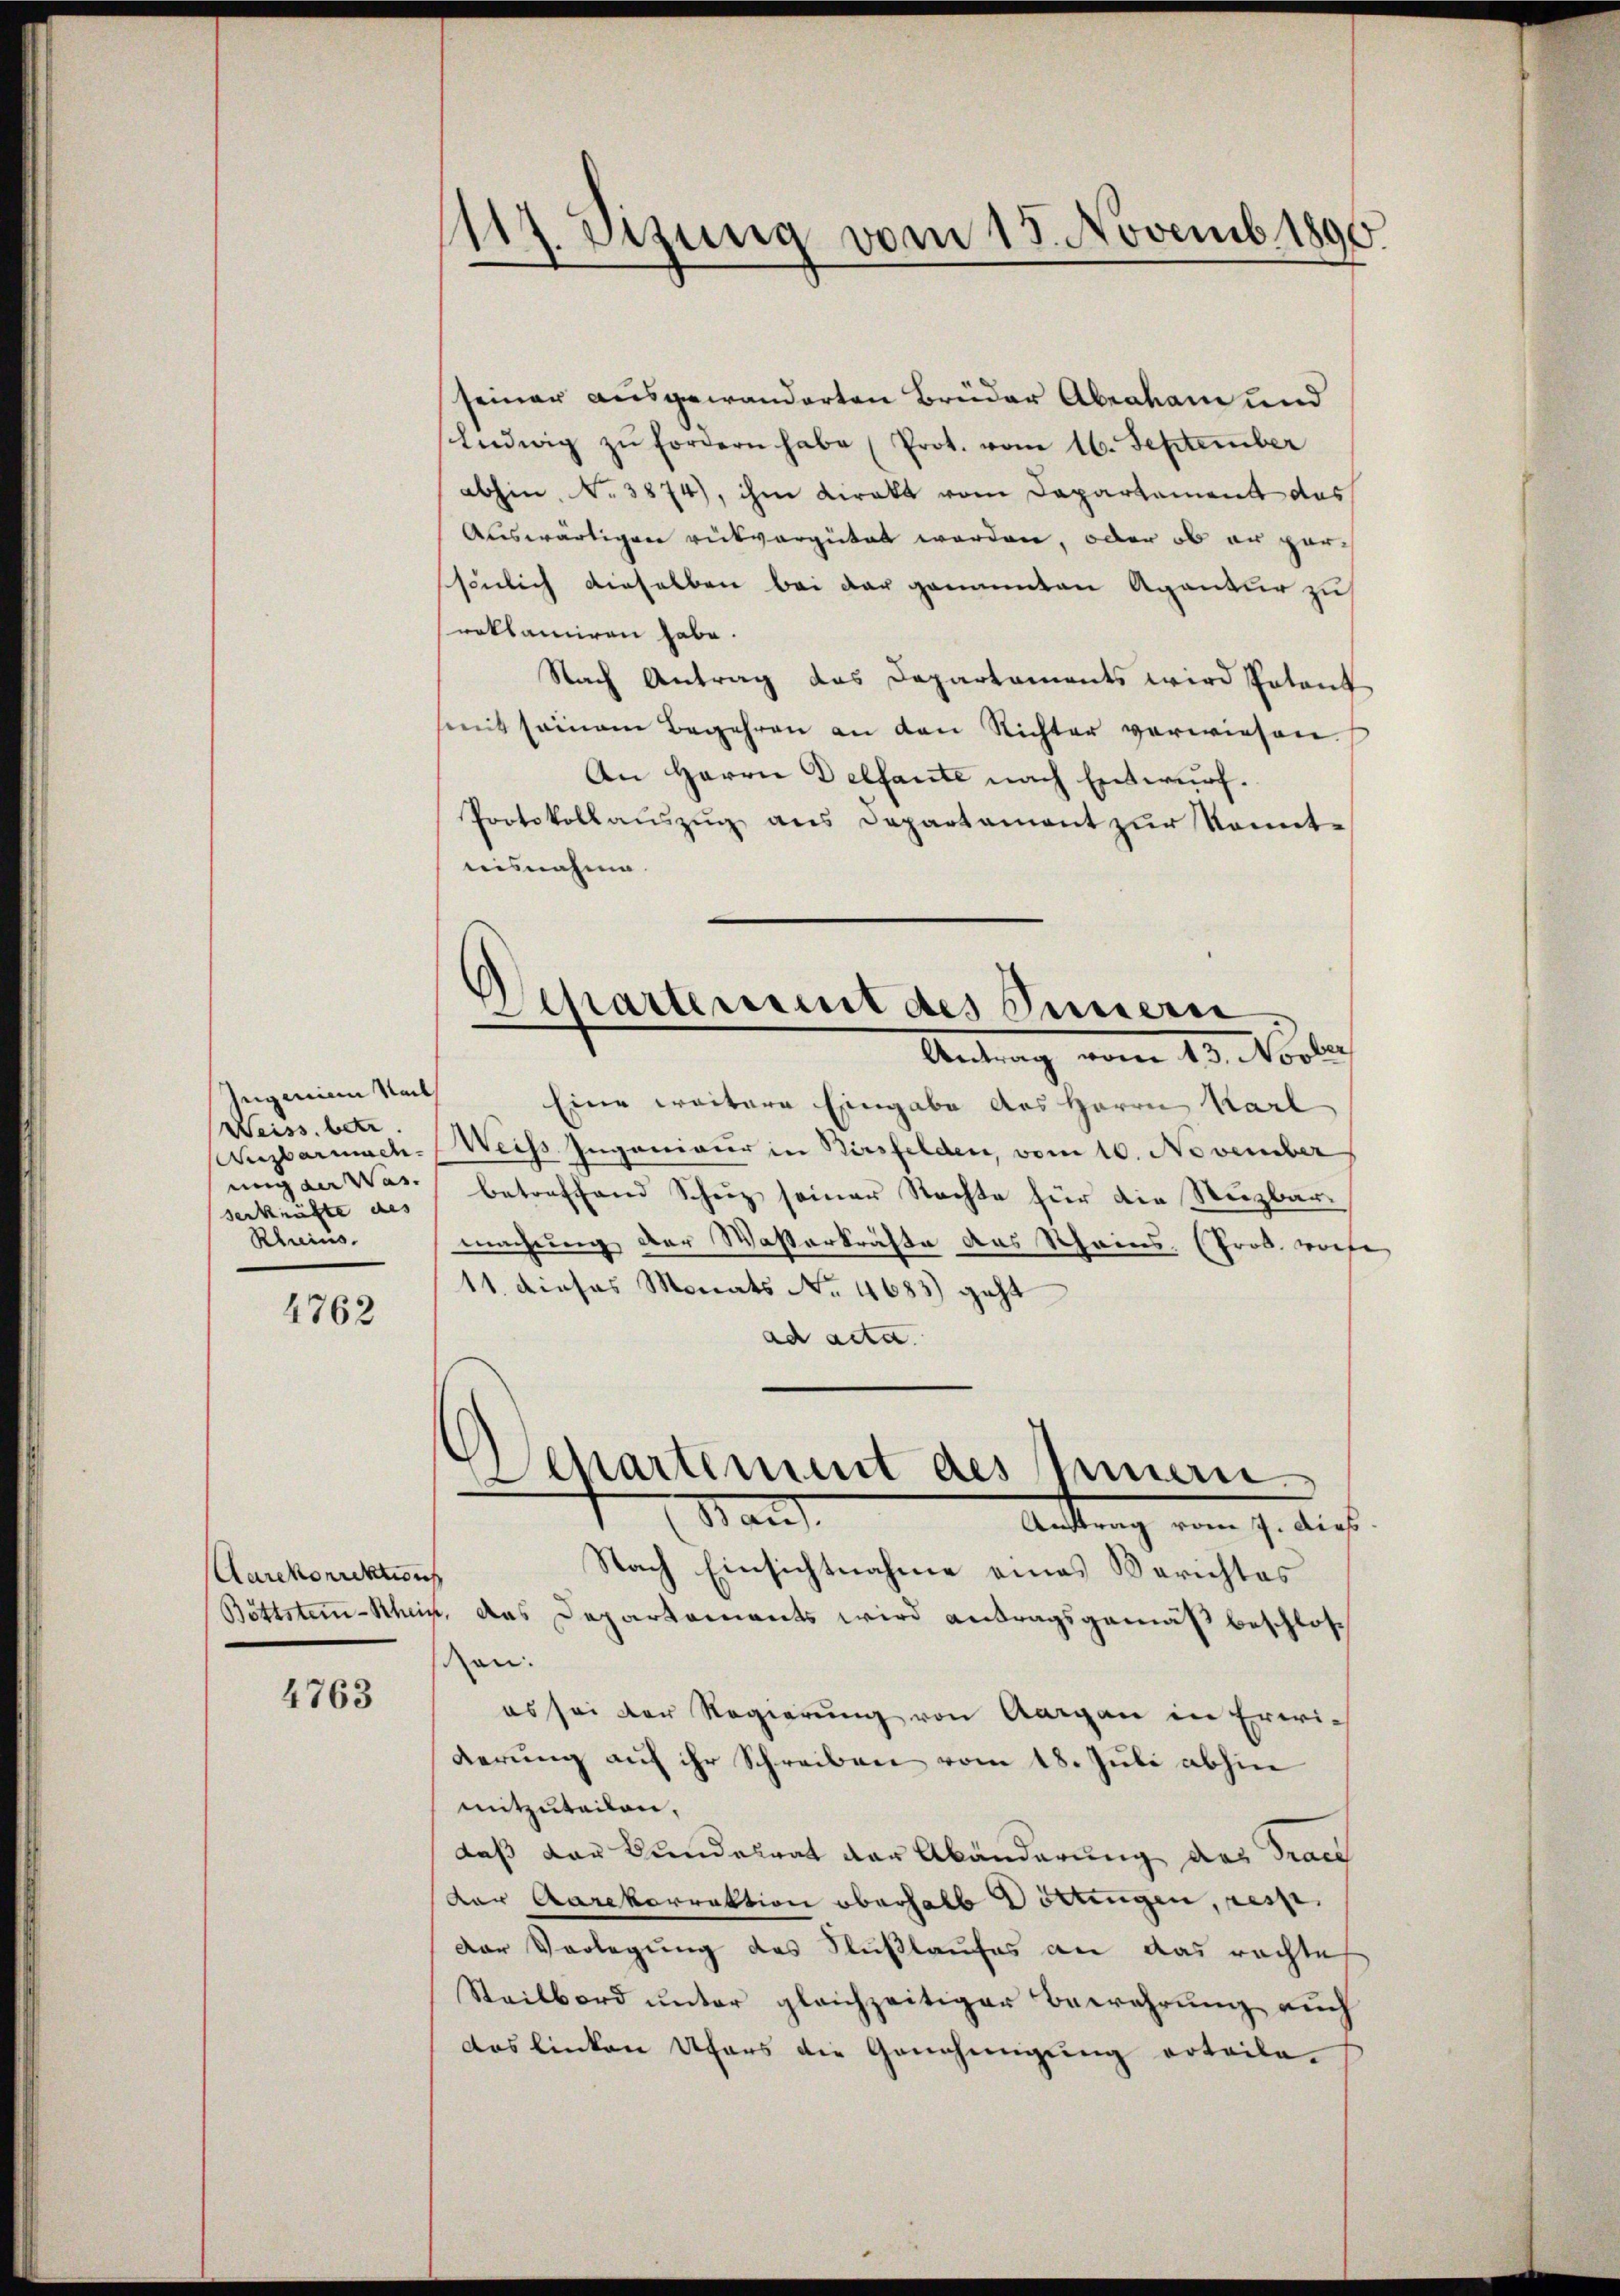
Ingeniam Nachs
Weiss. betr.
ung der Was
serkräfte des
Rheins.

4762

Aarekonickt sich

4763

¬
17. Sitzung vom 15. Novemb. 1890.

Departement des Summern
Antrag vom 13. Novber

seiner ausgewanderten Brüder Abraham und
Eudwig zŭ fordern habe (Prot. vom 16. September
abhin, No 3874), ihm direkt vom Departement das
Auswärtigen rükvergütet worden, oder ob an parssönlich dieselben bei der genannten Agentur zu
roklamiren habe.
Nach Antrag das Departaments wird Petent
semit seinem Begehren an den Richter verwiesen.
An Herrn Delfante nach Entwurf.
Protokollaŭszŭg ans Departament zŭr Kennt-
aisnahme.
Eine weitere Eingabe des Herrn Karl
Wizbarmach. Weiss Ingenieur in Kirsfelden, vom 10. November
betreffend Schez seiner Nachte für die Stuzbarmachung der Wasserkräfte des Rheins. (Prob. woche
11. dieses Monats No. 4683) geht
ad acta.
Separtement des Innern
Man
Auftrag vom 7. dies
Nach Einsichtnahme eines Berichtes
Böttstimm-Schein, das Departements wird antragsgemäß beschlossizen.
es sei der Regierung von Aargau in Erwiderung auf ihr Schreiben vom 18. Juli abhin
mitzuteilen,
daß der Bundesrat der Abänderung das Trau
der Aarekorrektion oberhalb Döttingen, resp.
Der Vorlegung des Flußlaufes an das rachte
Steilbord unter gleichzeitiger Bewahrung auch
das linken Ufers die Genehmigung erteile-